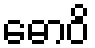
ဓောဝိ